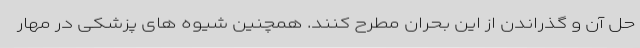
حل آن و گذراندن از این بحران مطرح کنند. همچنین شیوه های پزشکی در مهار